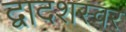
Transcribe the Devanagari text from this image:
द्वादशस्वर